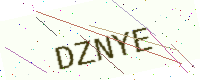
Text: DZNYE